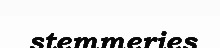
stemmeries